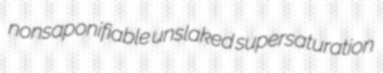
nonsaponifiable unslaked supersaturation